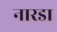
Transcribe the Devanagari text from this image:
नारडा